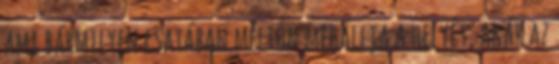
ami bármilyen csatában méltón megállja a helyét, akár az